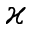
\varkappa